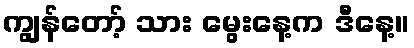
ကျွန်တော့် သား မွေးနေ့က ဒီနေ့။